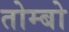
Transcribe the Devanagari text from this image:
तोम्बो